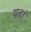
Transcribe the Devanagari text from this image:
यहांं